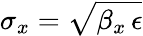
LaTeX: \sigma_{x}=\sqrt{\beta_{x}\, \epsilon}